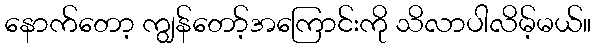
နောက်တော့ ကျွန်တော့်အကြောင်းကို သိလာပါလိမ့်မယ်။